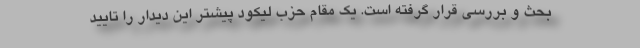
بحث و بررسی قرار گرفته است. یک مقام حزب لیکود پیشتر این دیدار را تایید